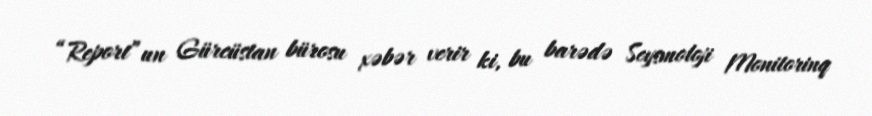
“Report”un Gürcüstan bürosu xəbər verir ki, bu barədə Seysmoloji Monitorinq